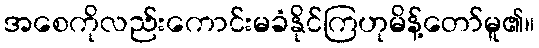
အစေကိုလည်းကောင်းမခံနိုင်ကြဟုမိန့်တော်မူ၏။